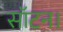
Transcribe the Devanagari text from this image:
सॉटन।